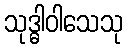
သုဒ္ဓါဝါသေသု